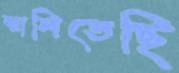
ঝালিতেছি